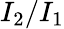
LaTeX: I_{2}/I_{1}